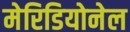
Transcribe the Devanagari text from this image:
मेरिडियोनेल